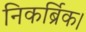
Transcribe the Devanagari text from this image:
निकर्ब्रिक।